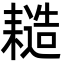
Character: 䎭